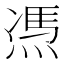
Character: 𱫫